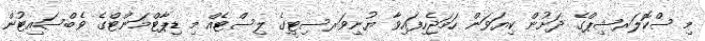
މި ސްކޮލަރޝިޕްގެ ދަށުން ކިޔަވަން ހަމަޖެހިފައިވާ ޔުނިވަރސިޓީގެ ލިސްޓެއް މި ޑިޕާޓްމަންޓްގެ ވެބްސައިޓުން